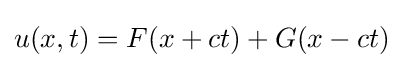
u(x,t)=F(x+ct)+G(x-ct)